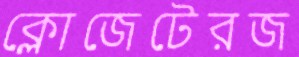
ক্লোজেটেরজ